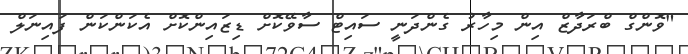
"ވޮންގް ބްރަދާޒް އިން މިހާރު ގެންދަނީ ސައިޓް ސާވޭކޮށް ޑިޒައިންކޮށް އެކަންކަން ފައިނަލް